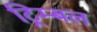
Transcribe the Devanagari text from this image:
ट्रिम्बल